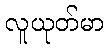
လူယုတ်မာ